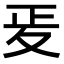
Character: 𭐠